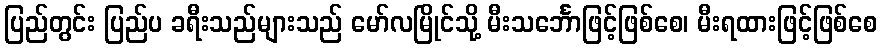
ပြည်တွင်း ပြည်ပ ခရီးသည်များသည် မော်လမြိုင်သို့ မီးသင်္ဘောဖြင့်ဖြစ်စေ၊ မီးရထားဖြင့်ဖြစ်စေ